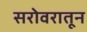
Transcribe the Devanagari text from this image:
सरोवरातून